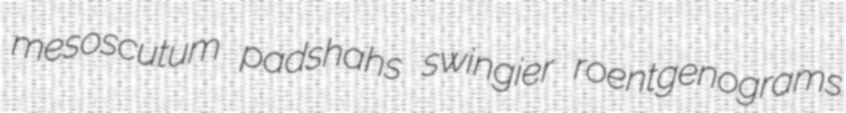
mesoscutum padshahs swingier roentgenograms